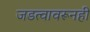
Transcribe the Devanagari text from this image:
जडत्वावरूनही